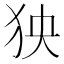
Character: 㹧